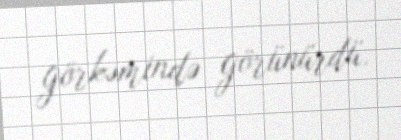
görkəmində görünürdü.